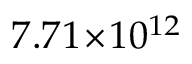
7 . 7 1 \! \times \! 1 0 ^ { 1 2 }